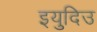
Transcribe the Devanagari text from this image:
इयुदिउ